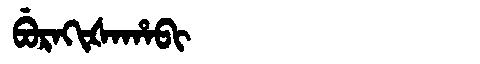
Manchu: ᠪᡠᡵᠠᡴᡳᡧᠠᡥᠠᠪᡳ
Romanization: BURAKIŠAHABI